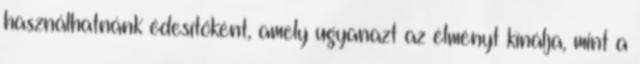
használhatnánk édesítőként, amely ugyanazt az élményt kínálja, mint a